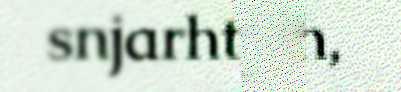
snjarhtjah,